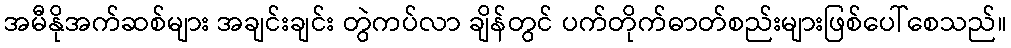
အမီနိုအက်ဆစ်များ အချင်းချင်း တွဲကပ်လာ ချိန်တွင် ပက်တိုက်ဓာတ်စည်းများဖြစ်ပေါ်စေသည်။